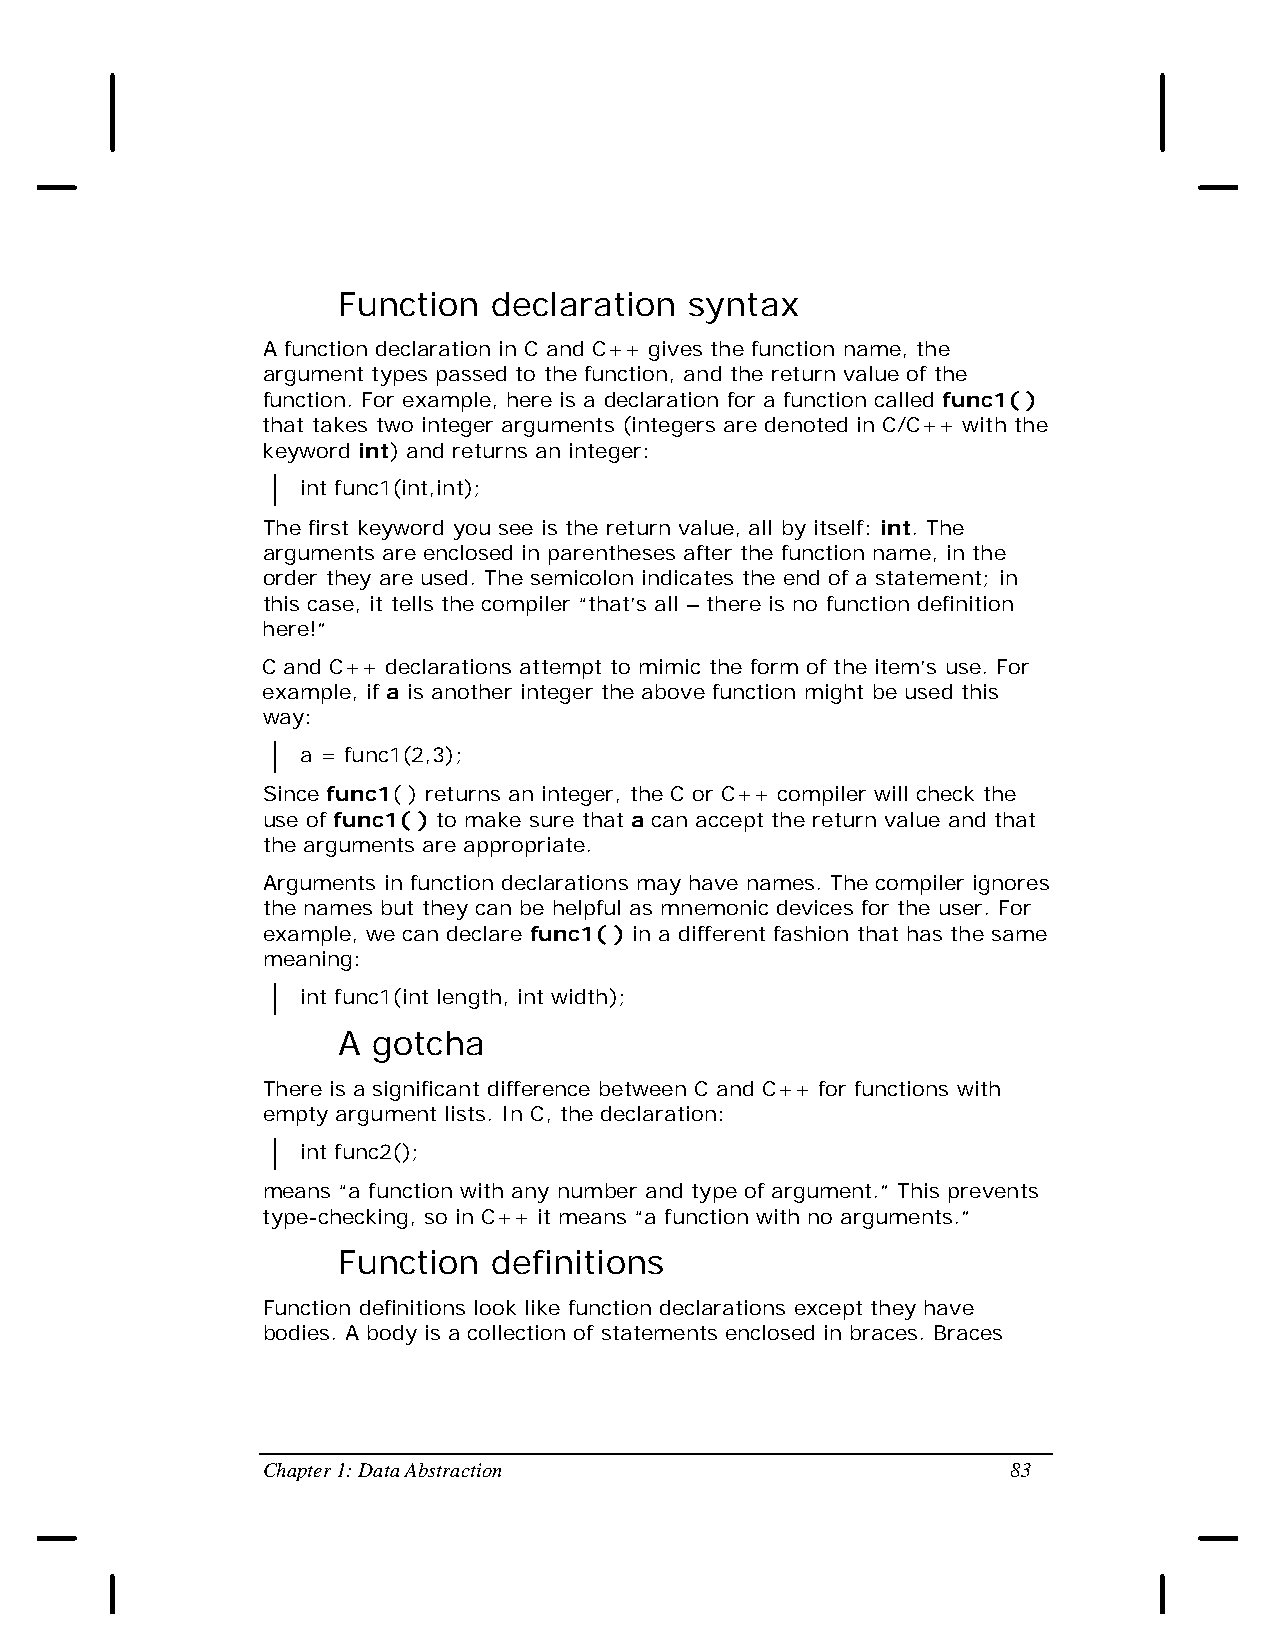
Function   declaration  syntax
 A function declaration in C and C++ gives the function name, the
 argument types passed to the function, and the return value of the
 function. For example, here is a declaration for a function called func1( )
 that takes two integer arguments (integers are denoted in C/C++ with the
 keyword int) and returns an integer:
 int func1(int,int);
 The first keyword you see is the return value, all by itself: int. The
 arguments are enclosed in parentheses after the function name, in the
 order they are used. The semicolon indicates the end of a statement; in
 this case, it tells the compiler “that’s all – there is no function definition
 here!”
 C and C++ declarations attempt to mimic the form of the item’s use. For
 example, if a is another integer the above function might be used this
 way:
 a = func1(2,3);
 Since func1( ) returns an integer, the C or C++ compiler will check the
 use of func1( ) to make sure that a can accept the return value and that
 the arguments are appropriate.
 Arguments in function declarations may have names. The compiler ignores
 the names but they can be helpful as mnemonic devices for the user. For
 example, we can declare func1( ) in a different fashion that has the same
 meaning:
 int func1(int length, int width);
 A  gotcha
 There is a significant difference between C and C++ for functions with
 empty argument lists. In C, the declaration:
 int func2();
 means “a function with any number and type of argument.” This prevents
 type-checking, so in C++ it means “a function with no arguments.”
 Function   definitions
 Function definitions look like function declarations except they have
 bodies. A body is a collection of statements enclosed in braces. Braces
 Chapter 1: Data Abstraction                       83